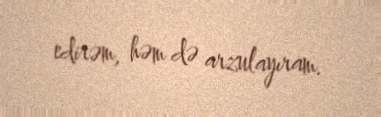
edirəm, həm də arzulayıram.